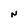
Character: n